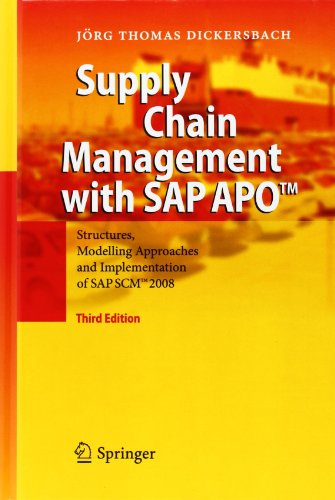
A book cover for Supply Chain Management with SAP APO(TM): Structures, Modelling Approaches and Implementation of SAP SCM(TM)  2008; JÃ¶rg Thomas Dickersbach; Business & Money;